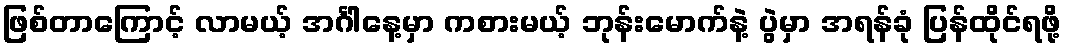
ဖြစ်တာကြောင့် လာမယ့် အင်္ဂါနေ့မှာ ကစားမယ့် ဘုန်းမောက်နဲ့ ပွဲမှာ အရန်ခုံ ပြန်ထိုင်ရဖို့